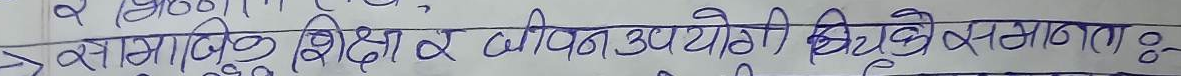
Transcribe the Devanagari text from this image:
सामाजिक शिक्षा र जीवन उपयोगी बिधिहरुमा समानताः